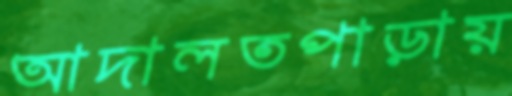
আদালতপাড়ায়